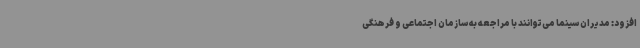
افزود: مدیران سینما می‌توانند با مراجعه به سازمان اجتماعی و فرهنگی